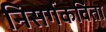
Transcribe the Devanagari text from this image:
निसर्गकविता